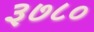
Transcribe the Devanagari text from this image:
३७८०